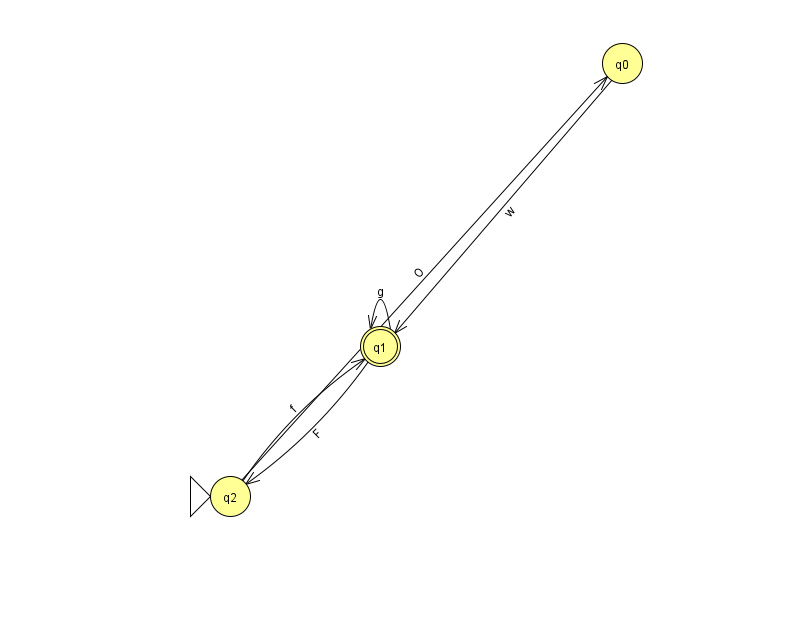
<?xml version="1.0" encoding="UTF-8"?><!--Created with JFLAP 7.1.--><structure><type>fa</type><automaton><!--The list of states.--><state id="0" name="q0"><x>622.0</x><y>50.0</y></state><state id="1" name="q1"><x>380.0</x><y>333.0</y><final/></state><state id="2" name="q2"><x>230.0</x><y>483.0</y><initial/></state><!--The list of transitions.--><transition><from>1</from><to>1</to><read>g</read></transition><transition><from>0</from><to>1</to><read>w</read></transition><transition><from>2</from><to>0</to><read>O</read></transition><transition><from>1</from><to>2</to><read>F</read></transition><transition><from>2</from><to>1</to><read>f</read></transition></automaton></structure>